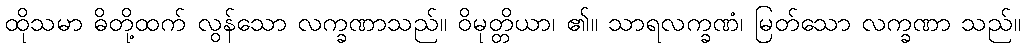
ထိုသမာ ဓိတို့ထက် လွန်သော လက္ခဏာသည်။ ဝိမုတ္တိယာ၊ ၏။ သာရလက္ခဏံ၊ မြတ်သော လက္ခဏာ သည်။